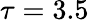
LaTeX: {\tau=3.5}